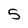
Character: S